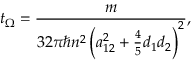
t _ { \Omega } = \frac { m } { 3 2 \pi \hbar n ^ { 2 } \left( a _ { 1 2 } ^ { 2 } + \frac { 4 } { 5 } d _ { 1 } d _ { 2 } \right) ^ { 2 } } ,